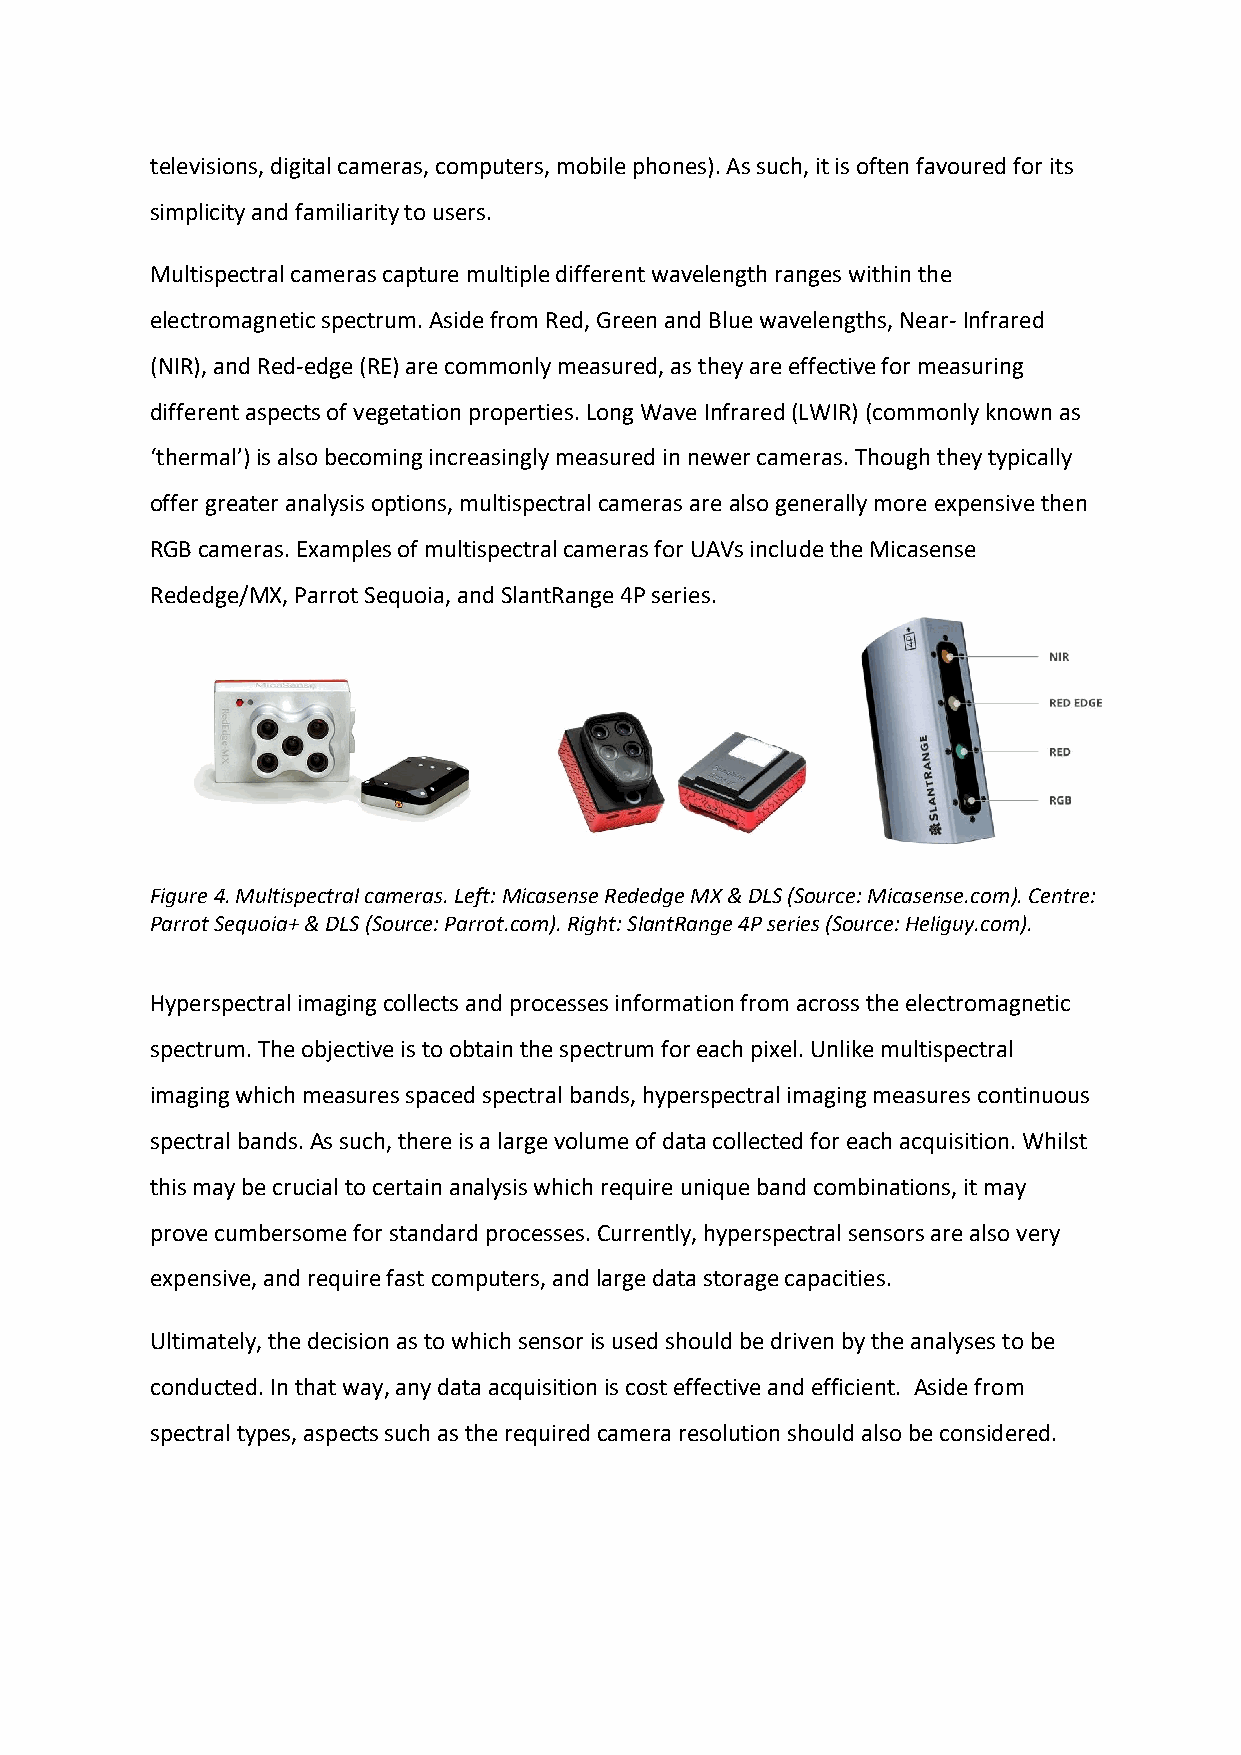
televisions, digital cameras, computers, mobile phones). As such, it is often favoured for its
 simplicity and familiarity to users.
 Multispectral cameras capture multiple different wavelength ranges within the
 electromagnetic spectrum. Aside from Red, Green and Blue wavelengths, Near- Infrared
 (NIR), and Red-edge (RE) are commonly measured, as they are effective for measuring
 different aspects of vegetation properties. Long Wave Infrared (LWIR) (commonly known as
 ‘thermal’) is also becoming increasingly measured in newer cameras. Though they typically
 offer greater analysis options, multispectral cameras are also generally more expensive then
 RGB cameras. Examples of multispectral cameras for UAVs include the Micasense
 Rededge/MX, Parrot Sequoia, and SlantRange 4P series.
 Figure 4. Multispectral cameras. Left: Micasense Rededge MX & DLS (Source: Micasense.com). Centre:
 Parrot Sequoia+ & DLS (Source: Parrot.com). Right: SlantRange 4P series (Source: Heliguy.com).
 Hyperspectral imaging collects and processes information from across the electromagnetic
 spectrum. The objective is to obtain the spectrum for each pixel. Unlike multispectral
 imaging which measures spaced spectral bands, hyperspectral imaging measures continuous
 spectral bands. As such, there is a large volume of data collected for each acquisition. Whilst
 this may be crucial to certain analysis which require unique band combinations, it may
 prove cumbersome for standard processes. Currently, hyperspectral sensors are also very
 expensive, and require fast computers, and large data storage capacities.
 Ultimately, the decision as to which sensor is used should be driven by the analyses to be
 conducted. In that way, any data acquisition is cost effective and efficient. Aside from
 spectral types, aspects such as the required camera resolution should also be considered.